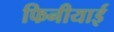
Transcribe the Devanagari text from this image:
फिनीयाई